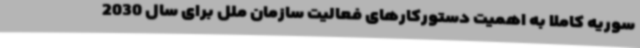
سوریه کاملاً به اهمیت دستورکارهای فعالیت سازمان ملل برای سال 2030